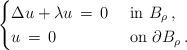
LaTeX: \begin{align*}\begin{cases}\Delta u + \lambda u \,=\, 0 & \,\, \textrm{in} \ B_\rho \, , \\ u\,=\,0 & \ \textrm{on} \ \partial B_\rho \, . \\\end{cases}\end{align*}